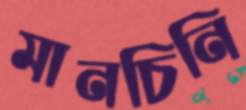
মানচিনি